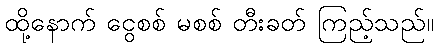
ထို့နောက် ငွေစစ် မစစ် တီးခတ် ကြည့်သည်။